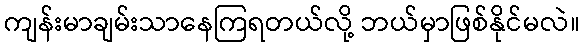
ကျန်းမာချမ်းသာနေကြရတယ်လို့ ဘယ်မှာဖြစ်နိုင်မလဲ။